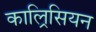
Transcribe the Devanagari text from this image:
काल्रिसियन